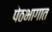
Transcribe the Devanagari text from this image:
पेठभागात